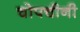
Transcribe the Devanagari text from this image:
चोपचीनी